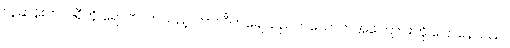
လူဆန်းက ပါရီကို ရောက်လာသည့် ဘာလီကချေသည်တယောက်အကြောင်းကို ပြောနေသည်။